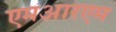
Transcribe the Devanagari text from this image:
एमआरएम